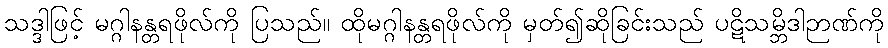
သဒ္ဒါဖြင့် မဂ္ဂါနန္တရဖိုလ်ကို ပြသည်။ ထိုမဂ္ဂါနန္တရဖိုလ်ကို မှတ်၍ဆိုခြင်းသည် ပဋိသမ္ဘိဒါဉာဏ်ကို